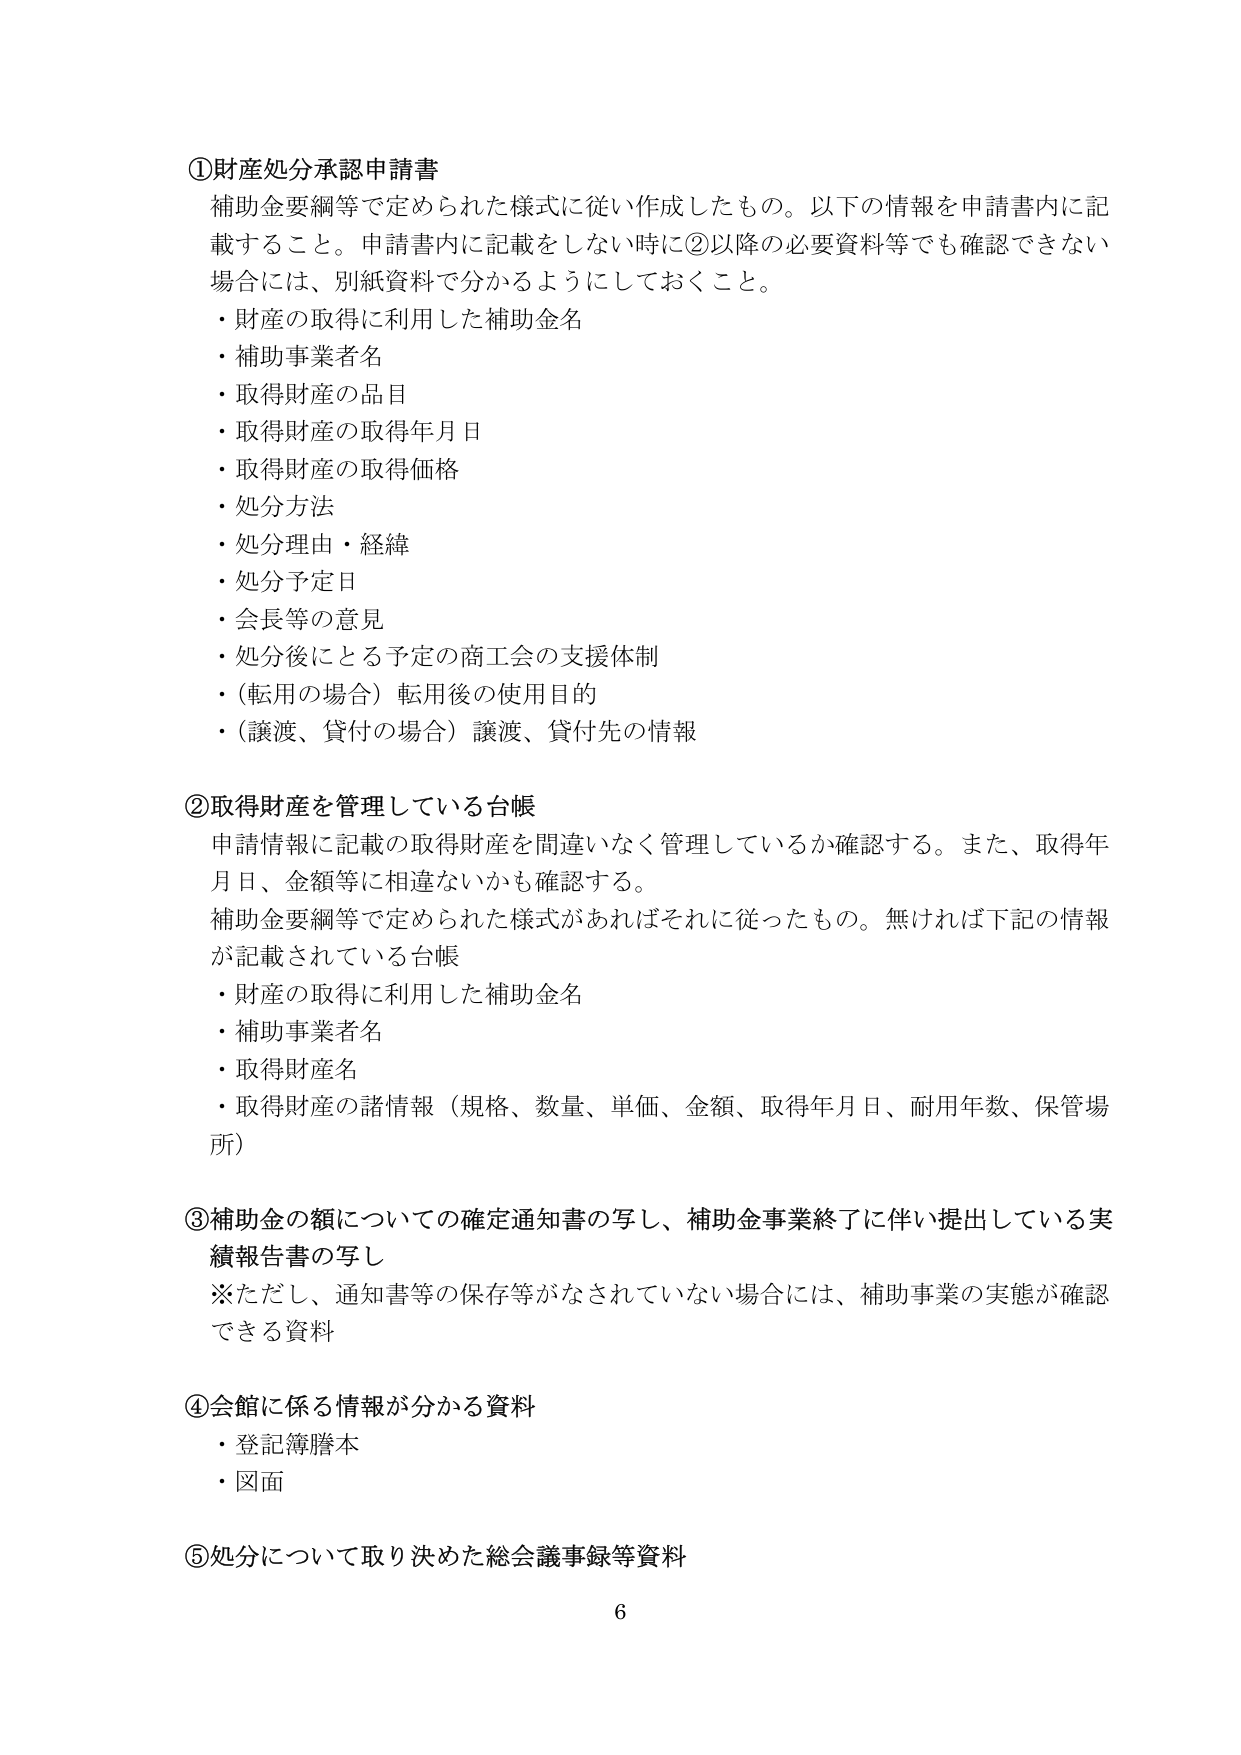
①財産処分承認申請書
補助金要綱等で定められた様式に従い作成したもの。以下の情報を申請書内に記載すること。申請書内に記載をしない時に②以降の必要資料等でも確認できない場合には、別紙資料で分かるようにしておくこと。
・財産の取得に利用した補助金名
・補助事業者名
・取得財産の品目
・取得財産の取得年月日
・取得財産の取得価格
・処分方法
・処分理由・経緯
・処分予定日
・会長等の意見
・処分後となる予定の商工会の支援体制
・（転用の場合）転用後の使用目的
・（譲渡、貸付の場合）譲渡、貸付先の情報

②取得財産を管理している台帳
申請情報に記載の取得財産を間違いなく管理しているか確認する。また、取得年月日、金額等に相違ないかも確認する。
補助金要綱等で定められた様式があればそれに従ったもの。無ければ下記の情報が記載されている台帳
・財産の取得に利用した補助金名
・補助事業者名
・取得財産名
・取得財産の諸情報（規格、数量、単価、金額、取得年月日、耐用年数、保管場所）

③補助金の額についての確定通知書の写し、補助金事業終了に伴い提出している実績報告書の写し
※ただし、通知書等の保存等がなされていない場合には、補助事業の実態が確認できる資料

④会館に係る情報が分かる資料
・登記簿謄本
・図面

⑤処分について取り決めた総会議事録等資料
6